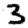
Digit: 3